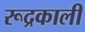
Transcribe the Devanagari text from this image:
रूद्रकाली